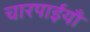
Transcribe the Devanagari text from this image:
चारपाईयाँ